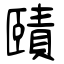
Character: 賾